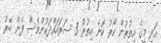
އަދި މީގެ އިތުރުން ކޯރު ކޮނެ އިތުރު 3 ސަރަހައްދަކުންވެސް ފެން ބޭރު